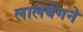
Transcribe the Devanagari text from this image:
लालबेगने